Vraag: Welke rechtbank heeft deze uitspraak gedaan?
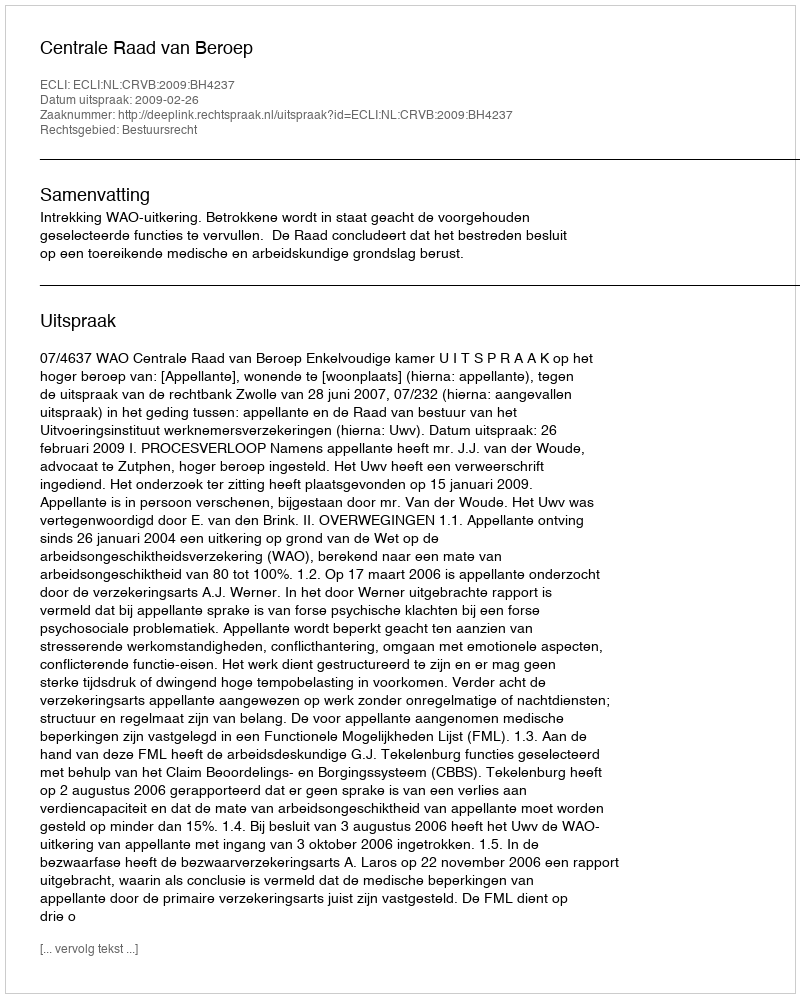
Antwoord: Centrale Raad van Beroep